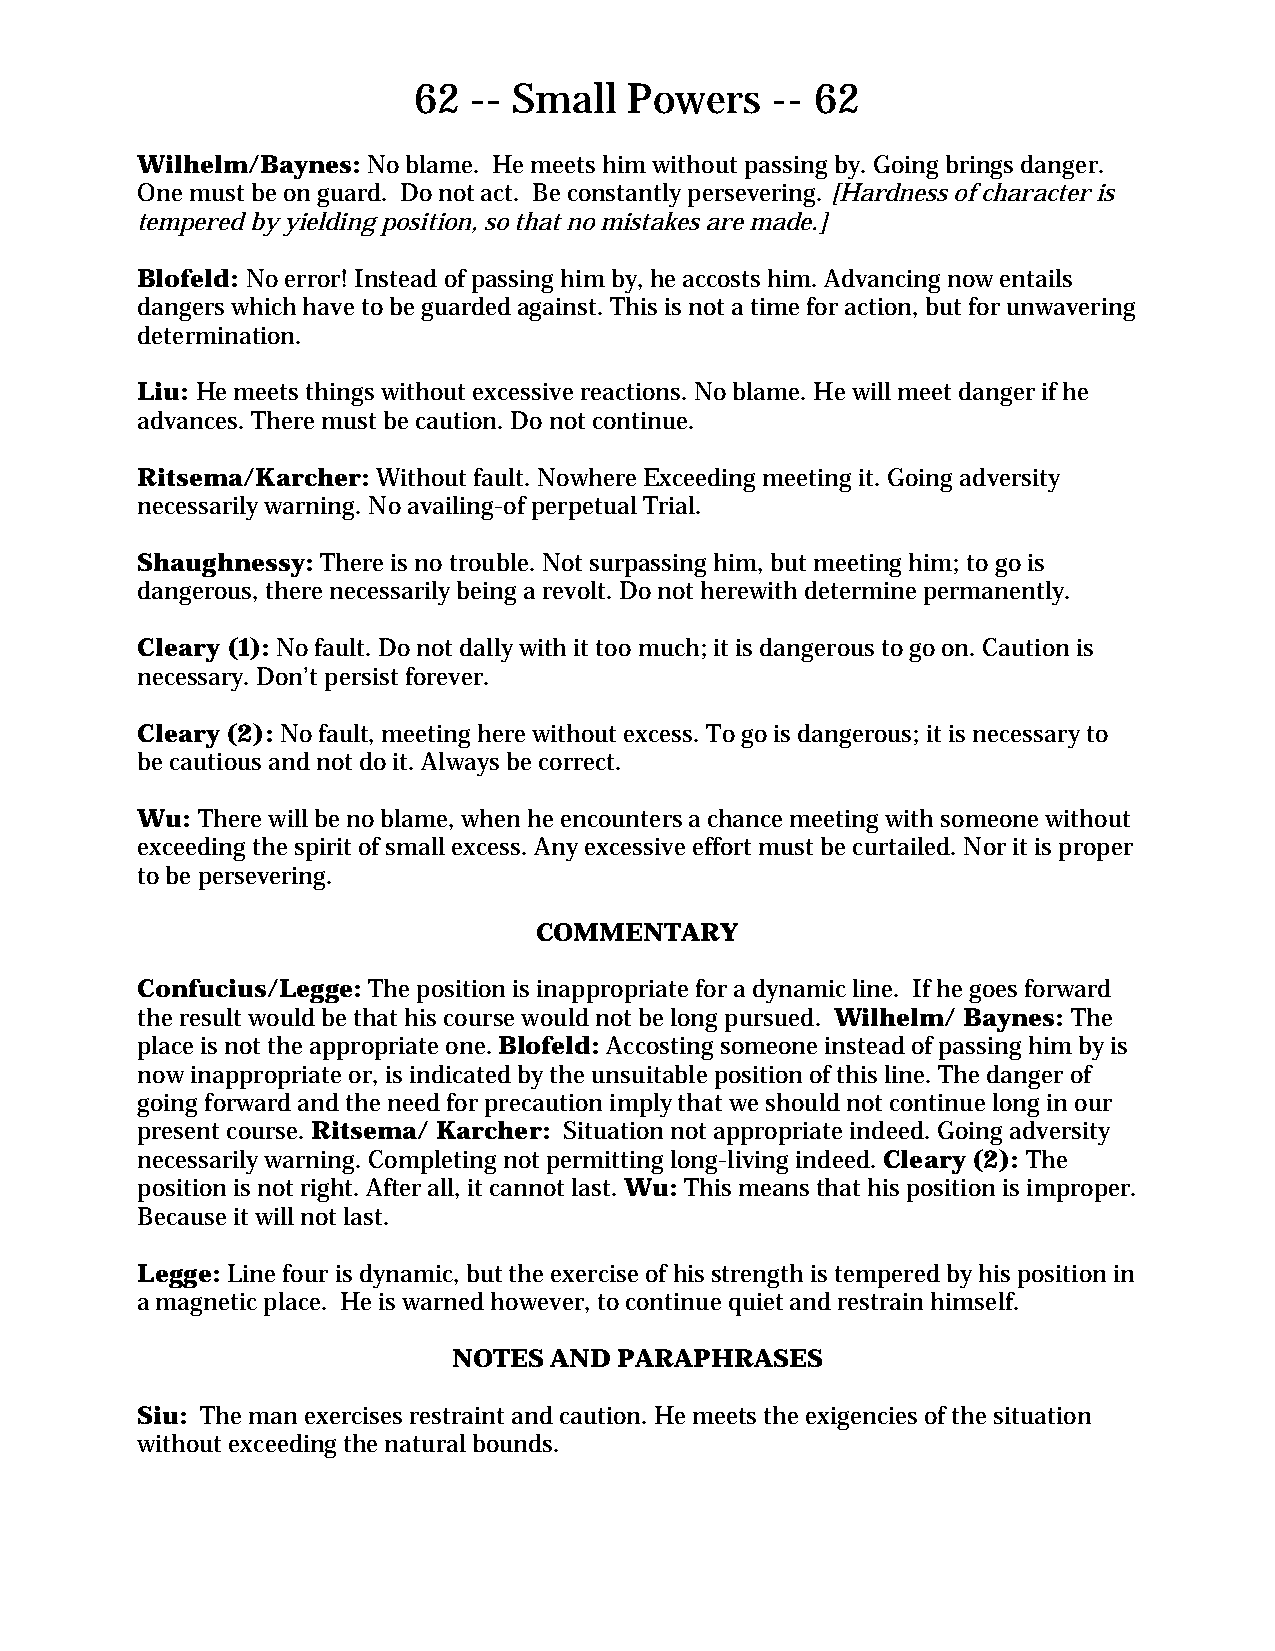
62  -- Small   Powers   -- 62
 Wilhelm/Baynes: No blame. He meets him without passing by. Going brings danger.
 One must be on guard. Do not act. Be constantly persevering. [Hardness of character is
 tempered by yielding position, so that no mistakes are made.]
 Blofeld: No error! Instead of passing him by, he accosts him. Advancing now entails
 dangers which have to be guarded against. This is not a time for action, but for unwavering
 determination.
 Liu: He meets things without excessive reactions. No blame. He will meet danger if he
 advances. There must be caution. Do not continue.
 Ritsema/Karcher: Without fault. Nowhere Exceeding meeting it. Going adversity
 necessarily warning. No availing-of perpetual Trial.
 Shaughnessy: There is no trouble. Not surpassing him, but meeting him; to go is
 dangerous, there necessarily being a revolt. Do not herewith determine permanently.
 Cleary (1): No fault. Do not dally with it too much; it is dangerous to go on. Caution is
 necessary. Don’t persist forever.
 Cleary (2): No fault, meeting here without excess. To go is dangerous; it is necessary to
 be cautious and not do it. Always be correct.
 Wu: There will be no blame, when he encounters a chance meeting with someone without
 exceeding the spirit of small excess. Any excessive effort must be curtailed. Nor it is proper
 to be persevering.
 COMMENTARY
 Confucius/Legge: The position is inappropriate for a dynamic line. If he goes forward
 the result would be that his course would not be long pursued. Wilhelm/ Baynes: The
 place is not the appropriate one. Blofeld: Accosting someone instead of passing him by is
 now inappropriate or, is indicated by the unsuitable position of this line. The danger of
 going forward and the need for precaution imply that we should not continue long in our
 present course. Ritsema/ Karcher: Situation not appropriate indeed. Going adversity
 necessarily warning. Completing not permitting long-living indeed. Cleary (2): The
 position is not right. After all, it cannot last. Wu: This means that his position is improper.
 Because it will not last.
 Legge: Line four is dynamic, but the exercise of his strength is tempered by his position in
 a magnetic place. He is warned however, to continue quiet and restrain himself.
 NOTES AND  PARAPHRASES
 Siu: The man exercises restraint and caution. He meets the exigencies of the situation
 without exceeding the natural bounds.